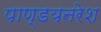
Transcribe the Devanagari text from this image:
पाण्डयनरेश